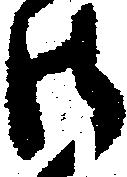
御